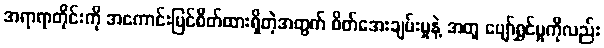
အရာရာတိုင်းကို အကောင်းမြင်စိတ်ထားရှိတဲ့အတွက် စိတ်အေးချမ်းမှုနဲ့ အတူ ပျော်ရွှင်မှုကိုလည်း